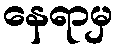
နေရာမှ